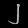
Digit: ၂